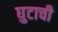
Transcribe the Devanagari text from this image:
घुटाची